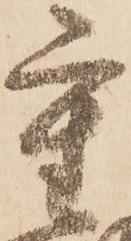
重